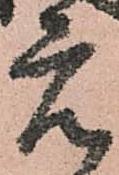
元